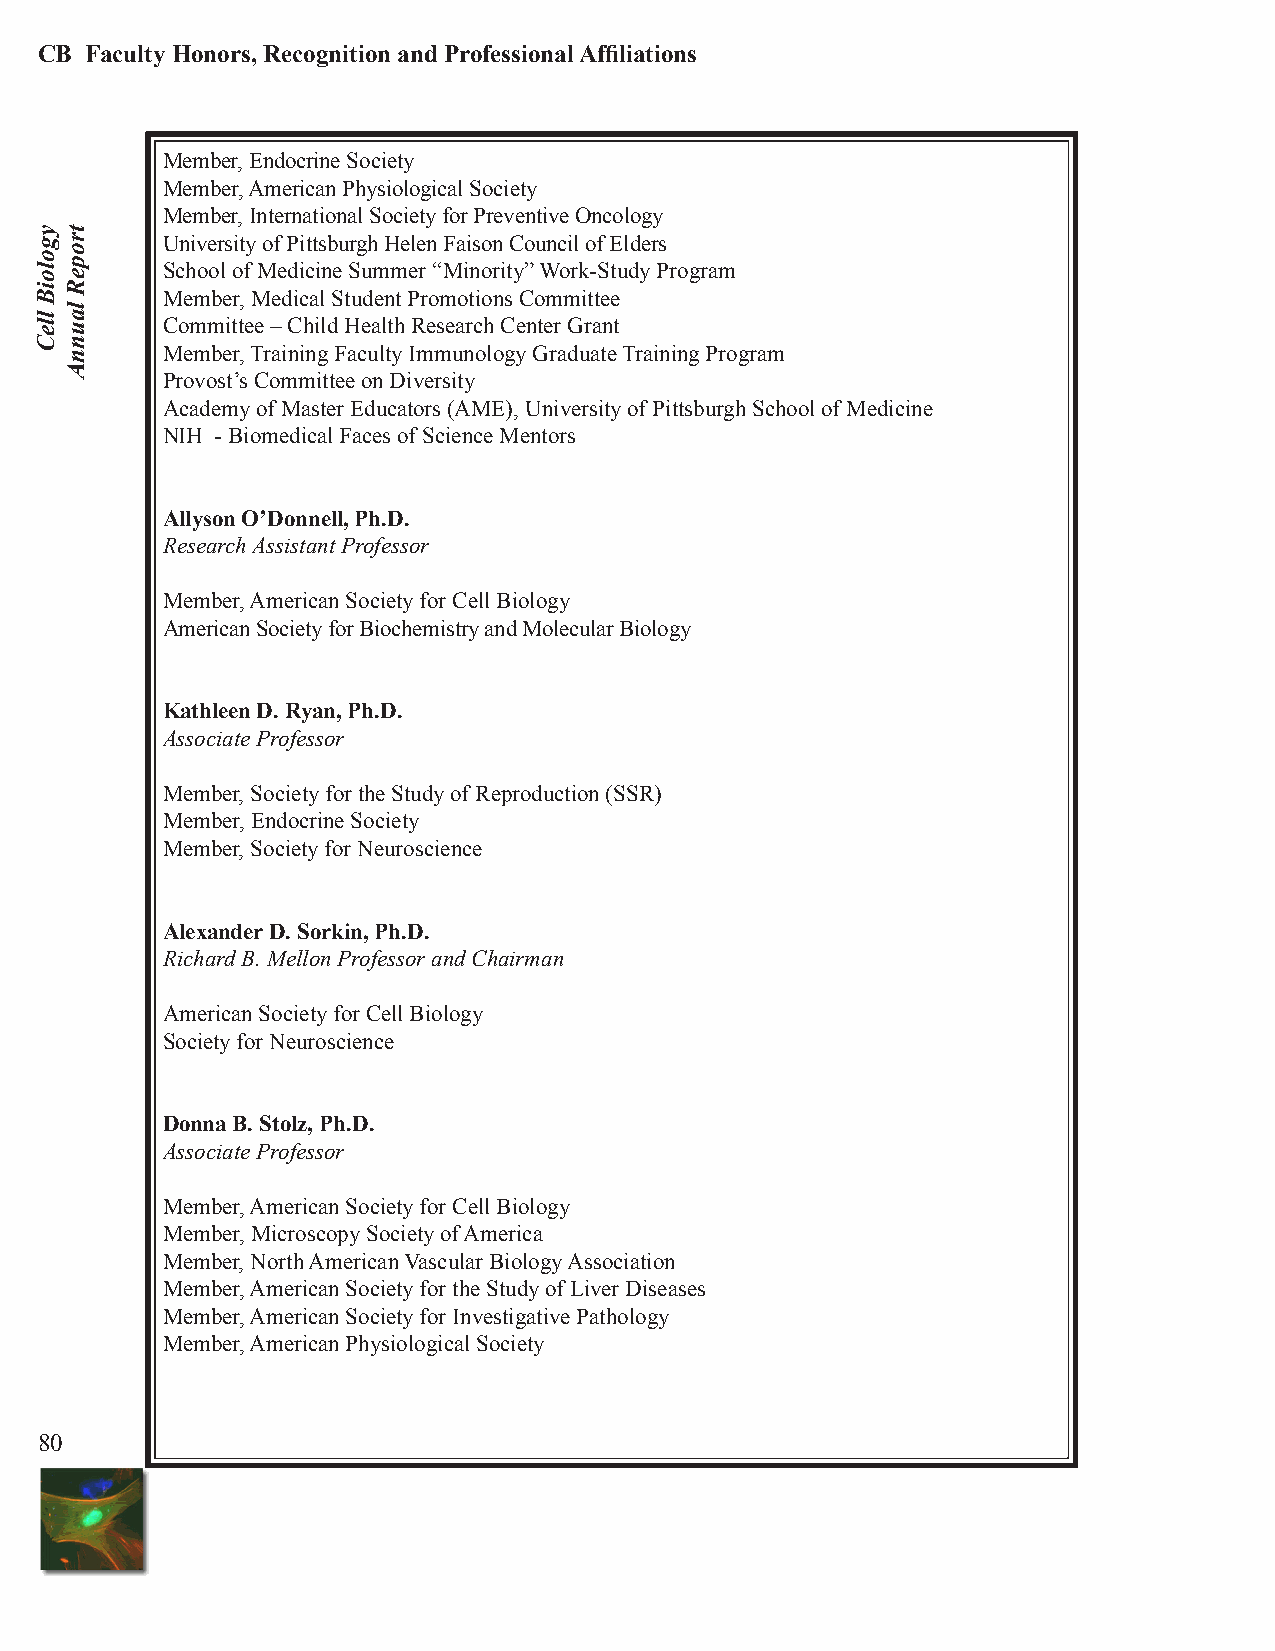
CB  Faculty Honors, Recognition and Professional Affiliations
 Member, Endocrine Society
 Member, American Physiological Society
 Member, International Society for Preventive Oncology
 University of Pittsburgh Helen Faison Council of Elders
 School of Medicine Summer “Minority” Work-Study Program
 Member, Medical Student Promotions Committee
 Committee – Child Health Research Center Grant
 Member, Training Faculty Immunology Graduate Training Program
 Provost’s Committee on Diversity
 Academy of Master Educators (AME), University of Pittsburgh School of Medicine
 NIH - Biomedical Faces of Science Mentors
 Allyson O’Donnell, Ph.D.
 Research Assistant Professor
 Member, American Society for Cell Biology
 American Society for Biochemistry and Molecular Biology
 Kathleen D. Ryan, Ph.D.
 Associate Professor
 Member, Society for the Study of Reproduction (SSR)
 Member, Endocrine Society
 Member, Society for Neuroscience
 Alexander D. Sorkin, Ph.D.
 Richard B. Mellon Professor and Chairman
 American Society for Cell Biology
 Society for Neuroscience
 Donna B. Stolz, Ph.D.
 Associate Professor
 Member, American Society for Cell Biology
 Member, Microscopy Society of America
 Member, North American Vascular Biology Association
 Member, American Society for the Study of Liver Diseases
 Member, American Society for Investigative Pathology
 Member, American Physiological Society
 80
 ygoloiB
 lleC
 tropeR
 launnA